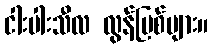
ငါးပါးသီလ လွန်ပြစ်များ။